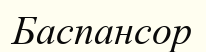
Баспансор